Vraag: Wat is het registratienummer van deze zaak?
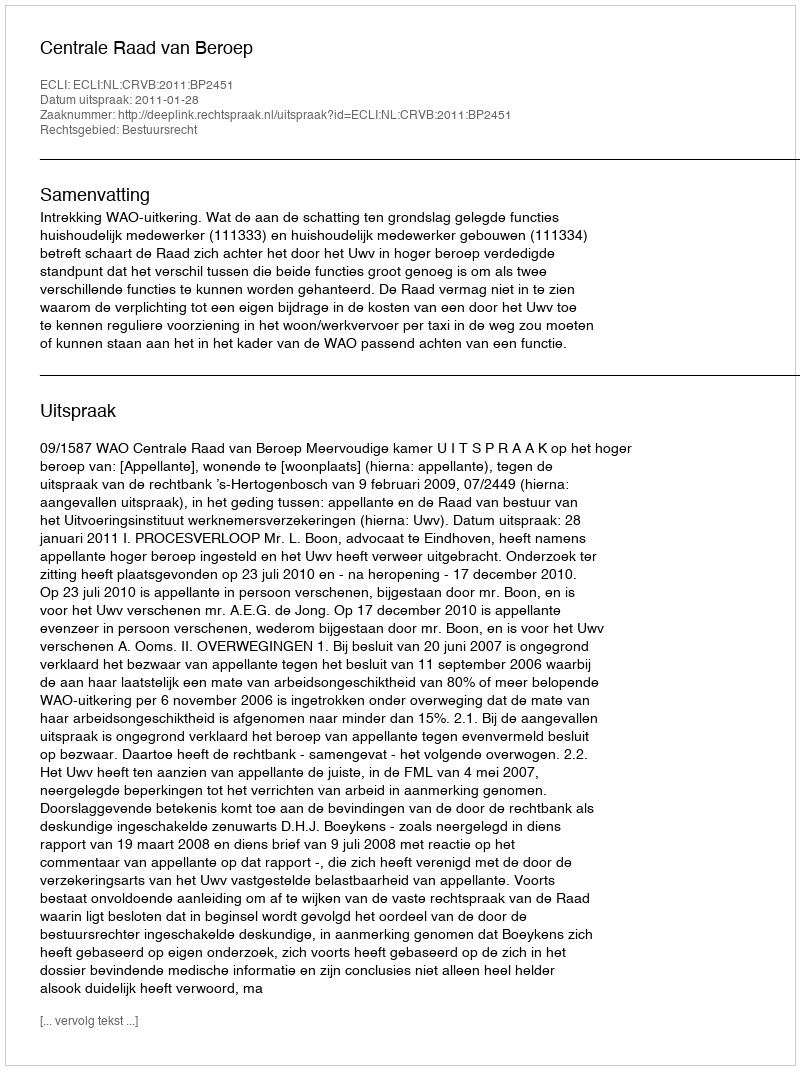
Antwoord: http://deeplink.rechtspraak.nl/uitspraak?id=ECLI:NL:CRVB:2011:BP2451